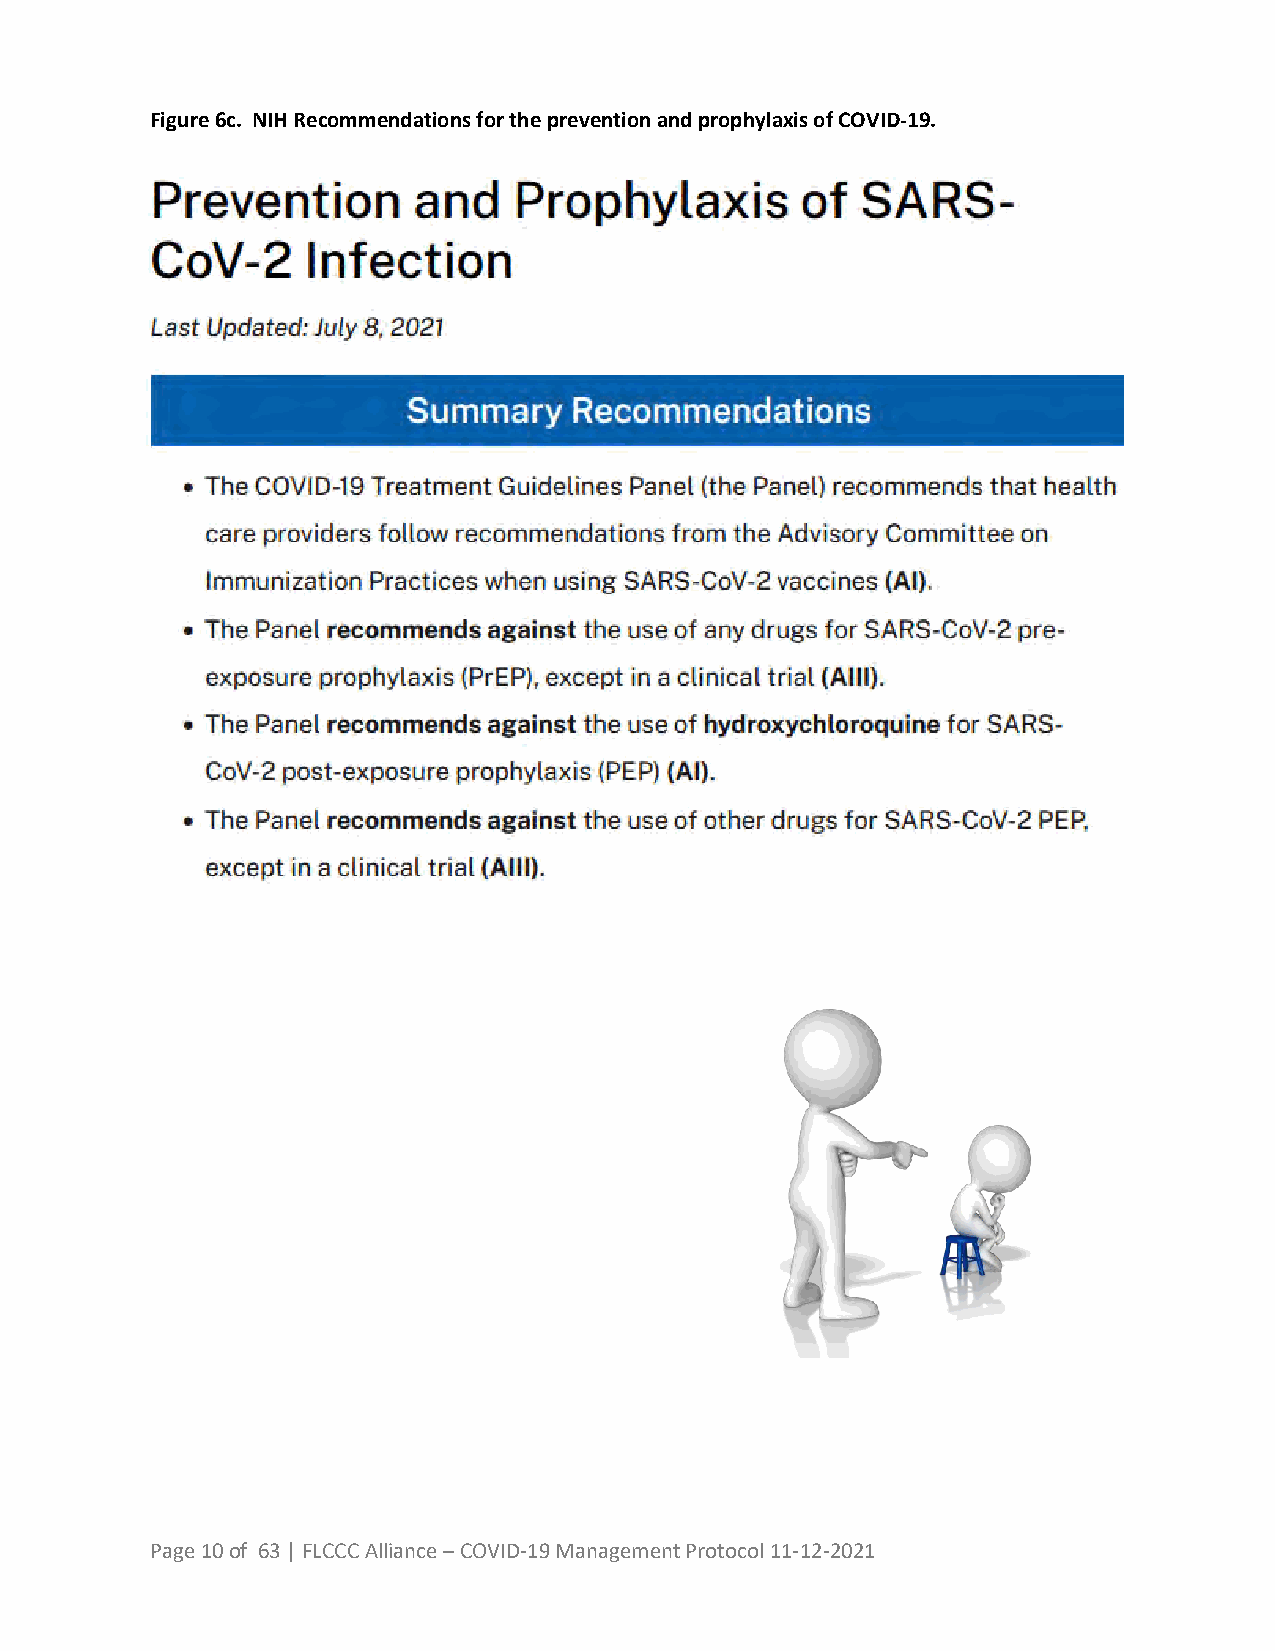
Figure 6c. NIH Recommendations for the prevention and prophylaxis of COVID-19.
 Page 10 of 63 | FLCCC Alliance – COVID-19 Management Protocol 11-12-2021